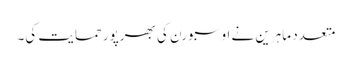
متعدد ماہرین نے اوسبورن کی بھرپور حمایت کی۔